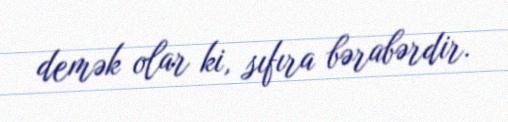
demək olar ki, sıfıra bərabərdir.